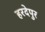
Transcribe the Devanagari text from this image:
हरदेपुर